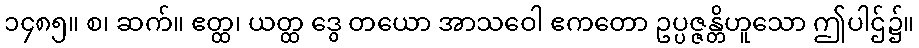
၁၄၈၅။ စ၊ ဆက်။ ဧတ္ထ၊ ယတ္ထ ဒွေ တယော အာသဝေါ ဧကတော ဥပ္ပဇ္ဇန္တိဟူသော ဤပါဌ်၌။